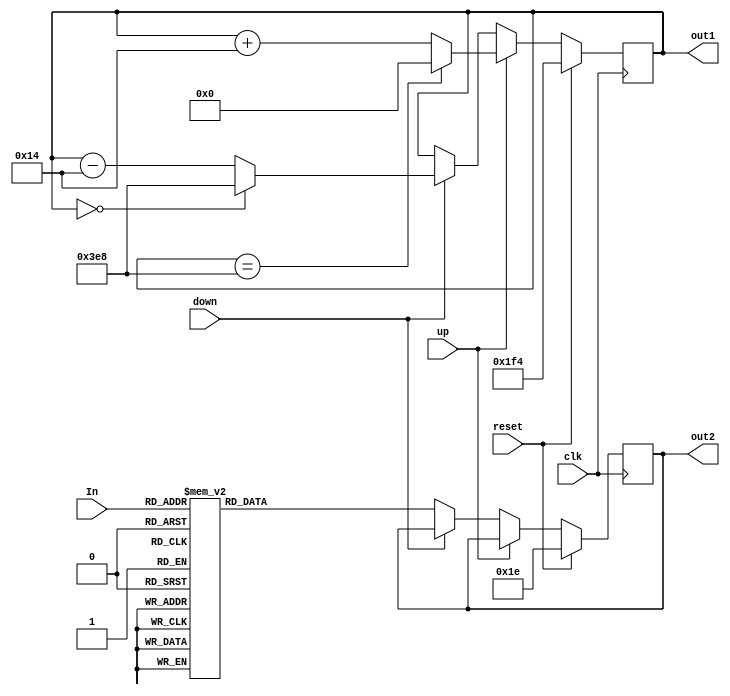
`timescale 1ns / 1ps
//////////////////////////////////////////////////////////////////////////////////
// Company: 
// Engineer: 
// 
// Design Name: 
// Module Name:    corriente_display2 
// Project Name: 
// Target Devices: 
// Tool versions: 
// Description: 
//
// Dependencies: 
//
// Revision: 
// Revision 0.01 - File Created
// Additional Comments: 
//
//////////////////////////////////////////////////////////////////////////////////
module corriente_display2(In,out1,out2,up,down,clk,reset);

input up, down, clk, reset;
input [2:0] In;

//output reg[9:0] N1;
//output reg[9:0] N2;

output reg [9:0] out1;
output reg [9:0] out2;

always @(posedge clk)begin
	if (reset) 
	begin
		out2 <= 10'b0000011110;
		out1 <= 10'b0111110100;
	end
	else if (up) 
		if (out1 == 10'b1111101000)
			out1 <= 10'b0000000000;
		else
			out1 <= out1 + 10'b0000010100;
	else if (down)
		if (out1 == 10'b0000000000)
			out1 <= 10'b1111101000;
		else
			out1 <= out1 - 10'b0000010100;	
	else
		case(In)
			3'b000: out2 <= 10'b0000011110;//30
			3'b001: out2 <= 10'b0000110010;//50
			3'b010: out2 <= 10'b0001001011;//75
			3'b011: out2 <= 10'b0001100100;//100
			3'b100: out2 <= 10'b0001111101;//125
			3'b101: out2 <= 10'b0010010110;//150
			3'b110: out2 <= 10'b0010101111;//175
			3'b111: out2 <= 10'b0011001000;//200
			
		endcase
		//N1 <= out1;
		//N2 <= out2;
end

endmodule